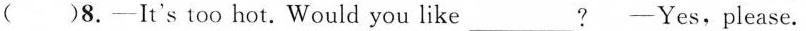
( )8.-It's too hot. Would you like___? -Yes,please.